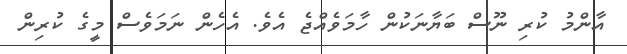
އާންމު ކުރި ނޫސް ބަޔާނަކުން ހާމަވެއްޖެ އެވެ. އެހެން ނަމަވެސް މީގެ ކުރިން